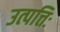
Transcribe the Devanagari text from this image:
उत्पत्तिः